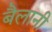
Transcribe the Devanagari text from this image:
बैलानी